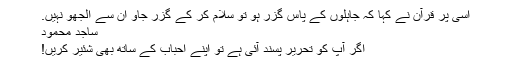
اسی پر قرآن نے کہا کہ جاہلوں کے پاس گزر ہو تو سلام کر کے گزر جاو ان سے الجھو نہیں.
ساجد محمود
اگر آپ کو تحریر پسند آئی ہے تو اپنے احباب کے ساتھ بھی شئیر کریں!